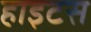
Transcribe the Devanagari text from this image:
हाइटस